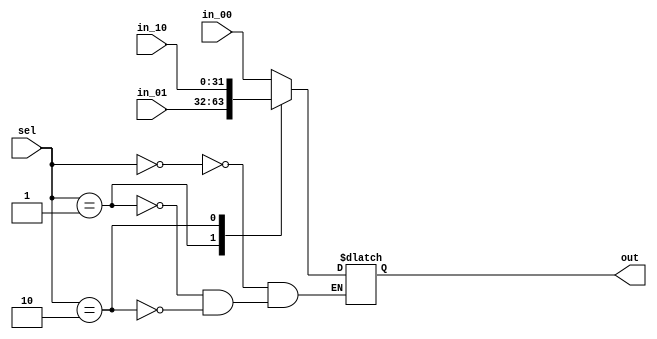
`timescale 1ns / 1ps
//////////////////////////////////////////////////////////////////////////////////
/* 32  3  1 MUX

in_0032  00 
in_0132  01 
in_1032  10 
sel

out MUX
*/
//////////////////////////////////////////////////////////////////////////////////


module MUX_32_3_1( 
in_00, in_01, in_10, sel, out
    );
    input[31:0] in_00, in_01, in_10;
    input[1:0] sel;
    output reg [31:0] out;
    
    always @ (*)
		begin
			case(sel)
				2'b00: out = in_00;
				2'b01: out = in_01;
				2'b10: out = in_10;
			endcase
		end
endmodule